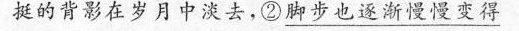
挺的背影在岁月中淡去，②\underline{脚步也逐渐慢慢变得}